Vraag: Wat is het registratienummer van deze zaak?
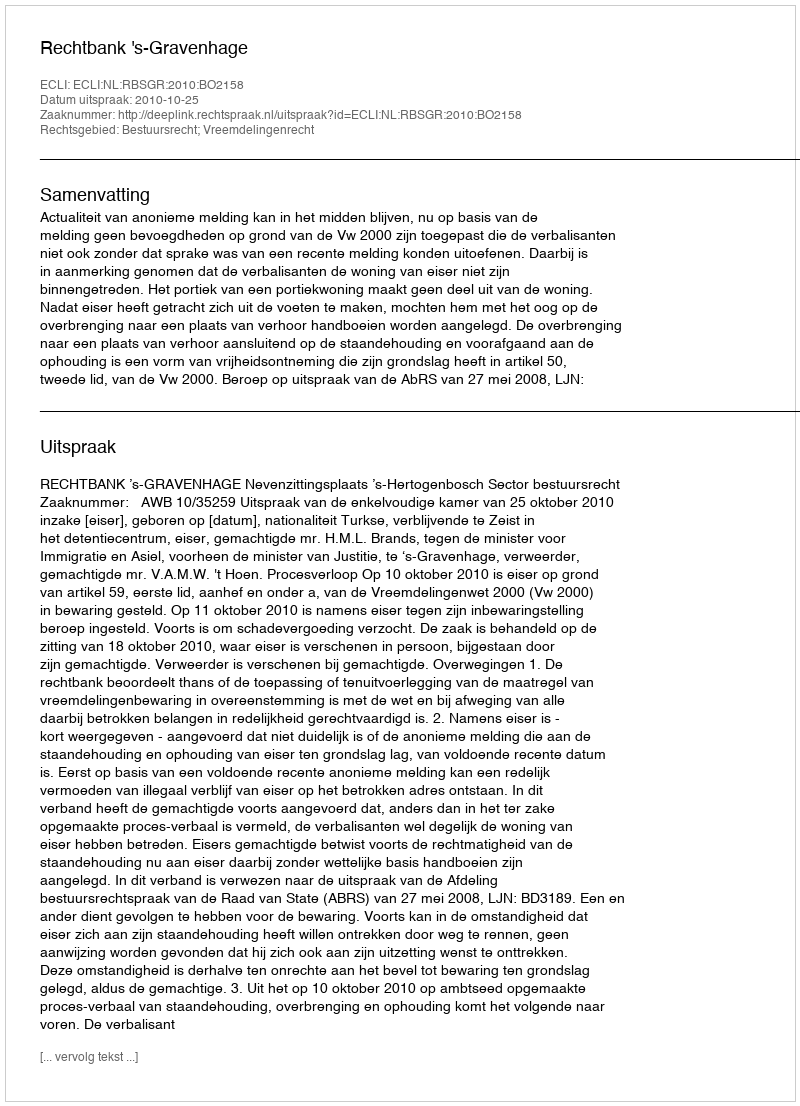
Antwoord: http://deeplink.rechtspraak.nl/uitspraak?id=ECLI:NL:RBSGR:2010:BO2158